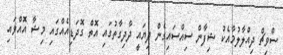
ސްވިޗް ދިއްލާލުމާއެކު ޝިފާން ސިއްސައިގެން ދިޔައީ ދާދިގާތުގައި އޮތް ގޮދަޑިއެއްގައި މިޝާ އޮއްވައި